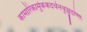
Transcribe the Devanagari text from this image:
कामारिकार्मुककदर्थनचुञ्चुदोष्णः